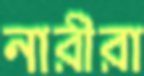
নারীরা